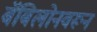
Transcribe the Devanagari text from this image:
बॅबिलोनवरून